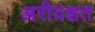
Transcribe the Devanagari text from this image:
अरीयक्षत